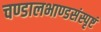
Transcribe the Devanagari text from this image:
चण्डालभाण्डसंस्पृष्टं